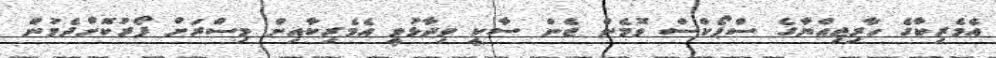
އެމެރިކާގެ ހާރިޖިއްޔާގެ ސްޕޯކްސް ވޮމެން ޖެން ސާކީ ވިދާޅުވީ އެމެރިކާއިން މިސްރަށް ފޯރުކޮށްދެމުން